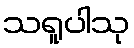
သရူပါသု